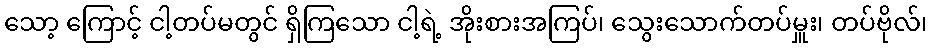
သော့ ကြောင့် ငါ့တပ်မတွင် ရှိကြသော ငါ့ရဲ့ အိုးစားအကြပ်၊ သွေးသောက်တပ်မှူး၊ တပ်ဗိုလ်၊